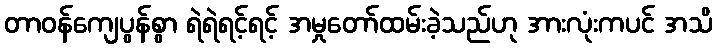
တာဝန်ကျေပွန်စွာ ရဲရဲရင့်ရင့် အမှုတော်ထမ်းခဲ့သည်ဟု အားလုံးကပင် အသိ